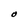
Character: O